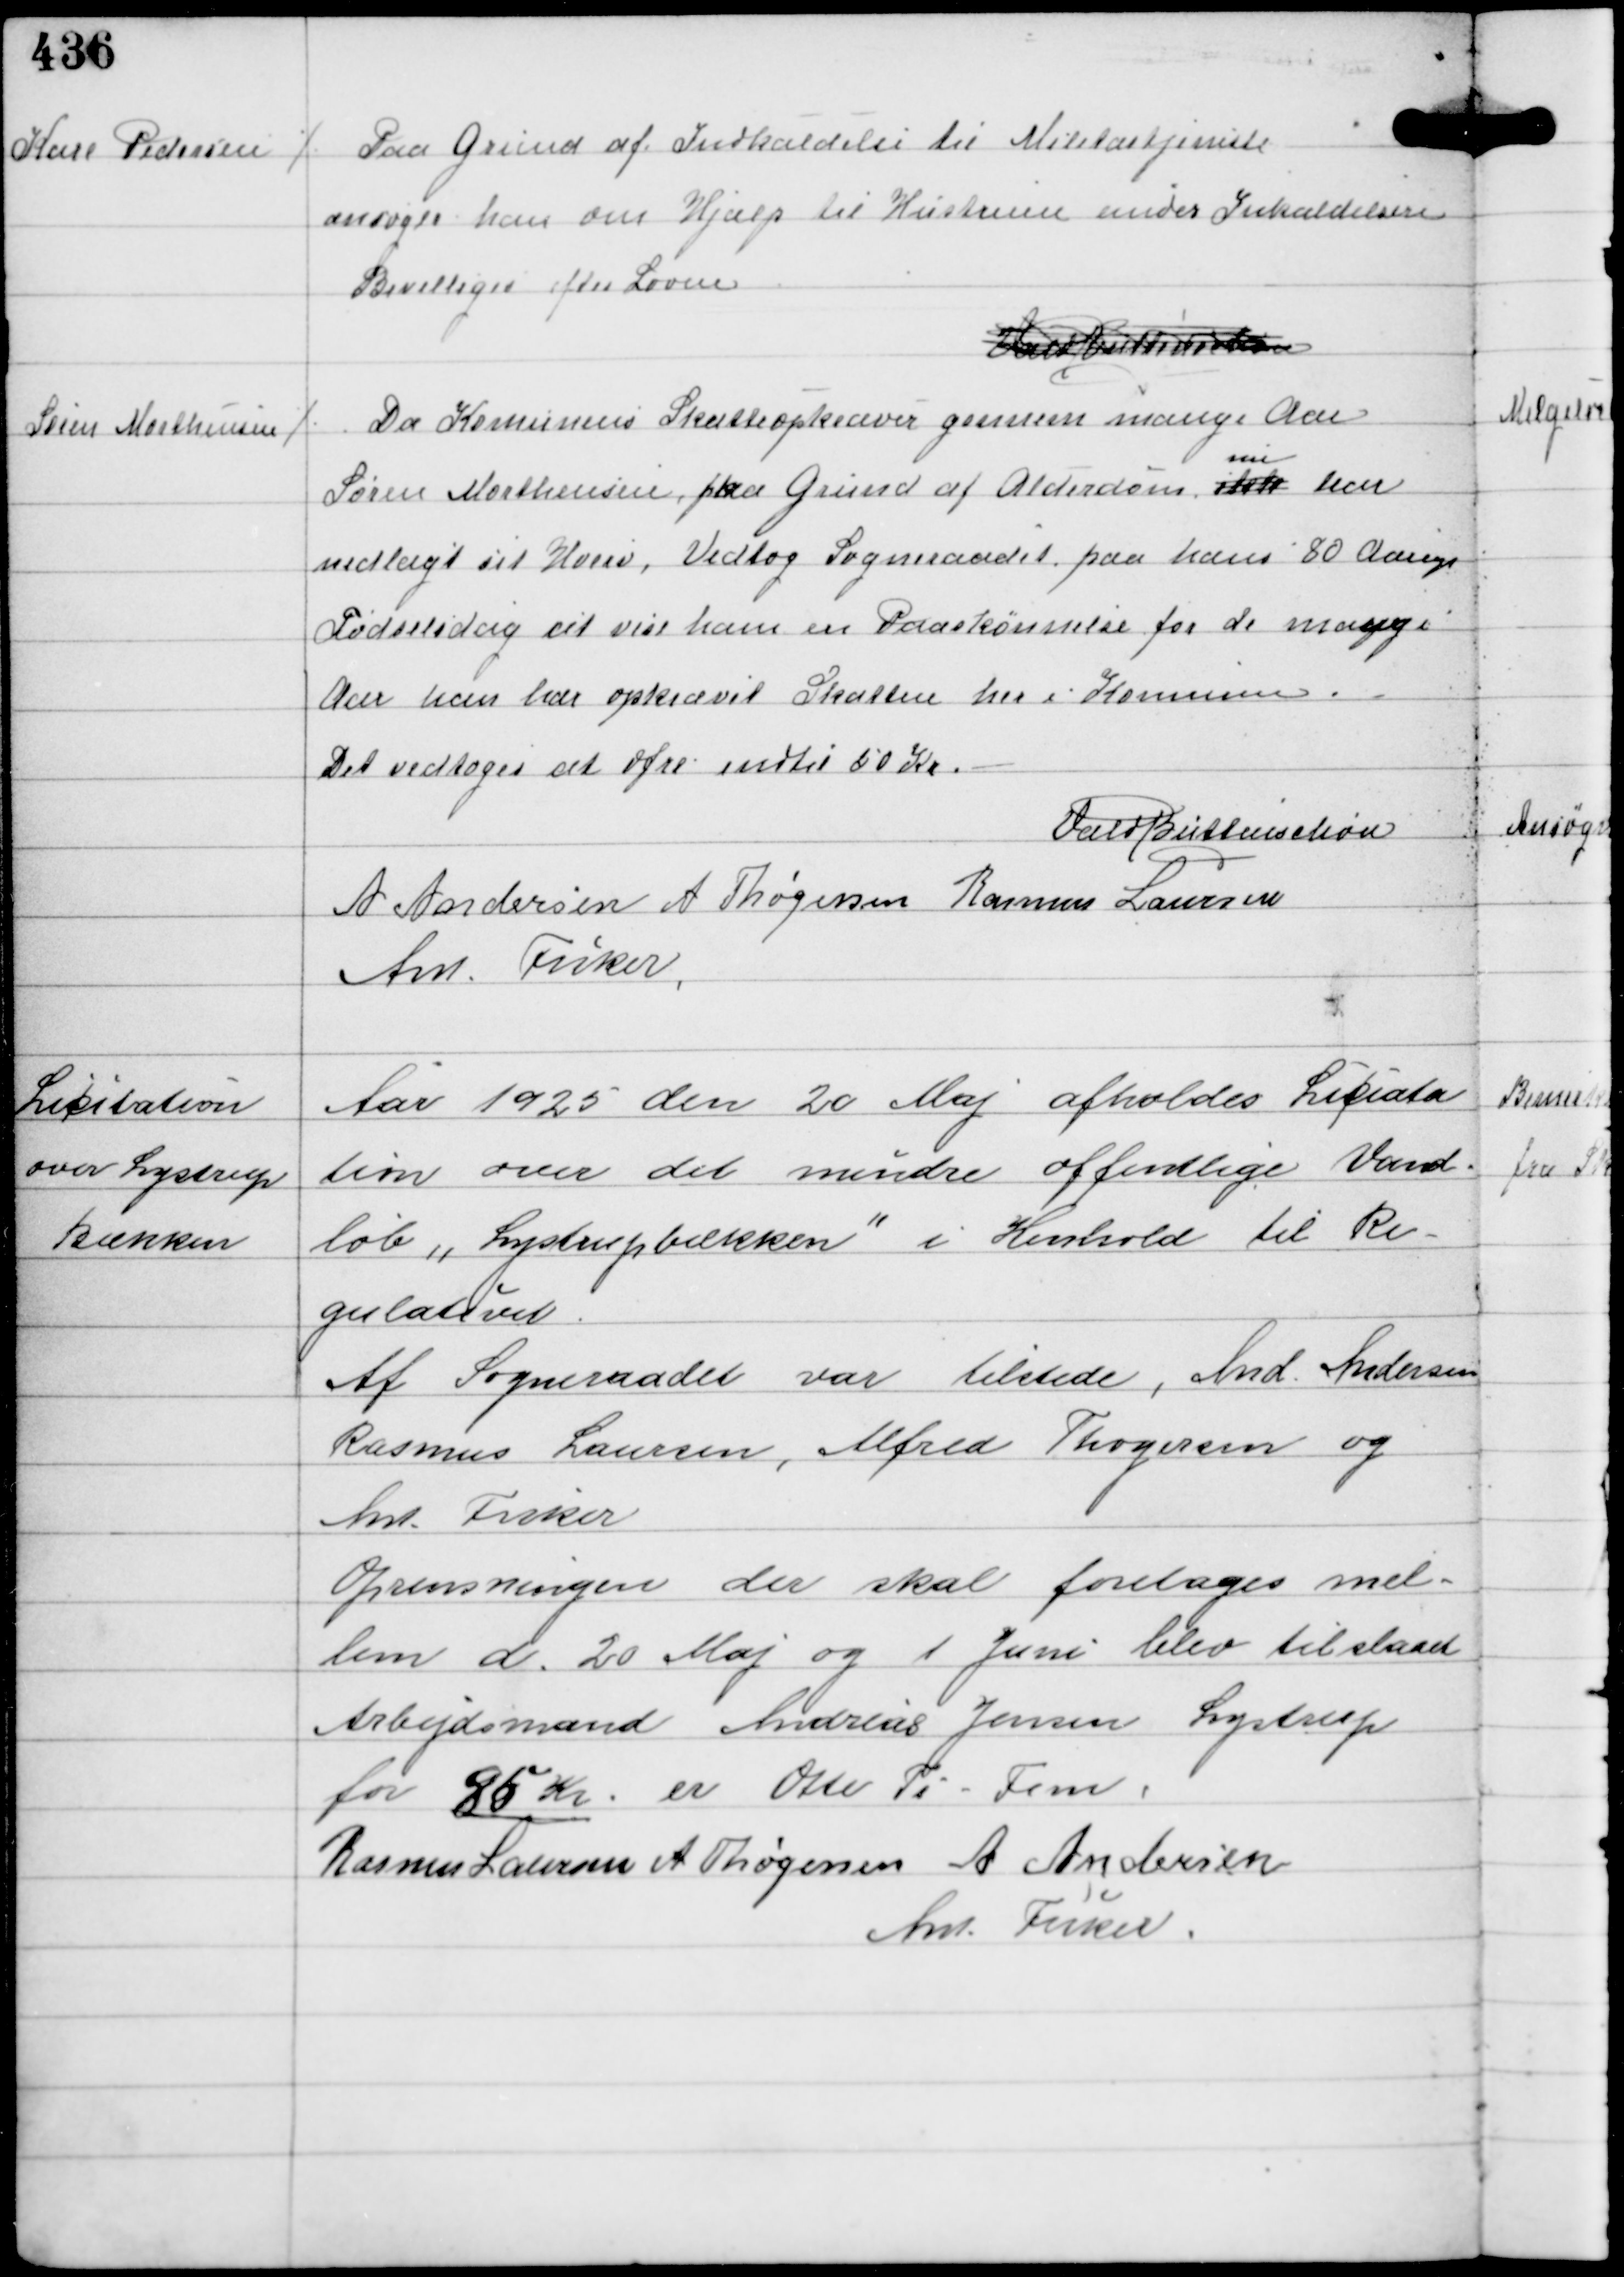
Transskription:
Karl Pedersen

⁒ Paa Grund af Indkaldelse til Militærtjeneste
ansøger han om Hjælp til Hustruen under Indkaldelsen
Bevilliges efter Loven.

Vald Buttenschøn

Søren Marthensen

⁒ Da Komunens Skatteopkræver gennem mange Aar
Søren Marthensen, paa Grund af Alderdom 
ikke
nu
har
nedlagt sit Hverv Vedtog Sogneraadet paa hans 80 Aarige
Fødselsdag at vise ham en Paaskønnelse for de mange
Aar han har opkrævet Skatten her i Komunen.
Det vedtoges at ofre indtil 50 Kr.

Vald Buttenschøn
A Andersen A Thøgersen Rasmus Laursen
Ant Fisker

Licitation
over Lystrup
Bækken

Aar 1925 den 20 Maj afholdtes Licita-
tion over det mindre offentlige Vand-
løb "Lystrupbækken" i Henhold til Re-
gulativet.
Af Sogneraadet var tilstede, And Andersen
Rasmus Laursen, Alfred Thøgersen og
Ant Fisker
Oprensningen, der skal foretages mel-
lem d. 20 Maj og 1 Juni blev tilstaaet
Arbejdsmand Andreas Jensen Lystrup
for 85 Kr er Otte Ti Fem.
Rasmus Laursen A Thøgersen A Andersen
Ant Fisker